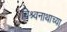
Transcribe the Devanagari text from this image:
विश्र्वनाथाच्या